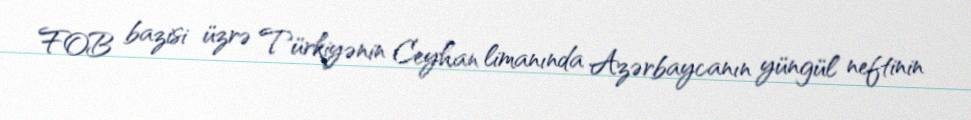
FOB bazisi üzrə Türkiyənin Ceyhan limanında Azərbaycanın yüngül neftinin